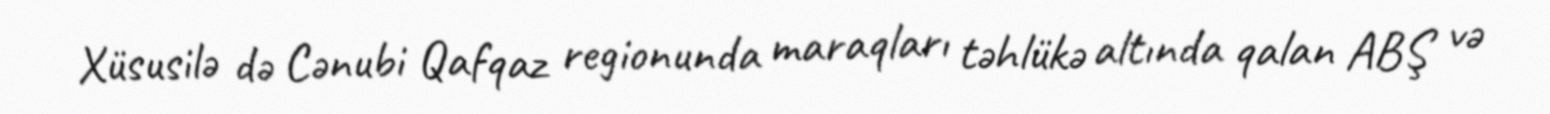
Xüsusilə də Cənubi Qafqaz regionunda maraqları təhlükə altında qalan ABŞ və